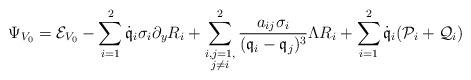
LaTeX: \begin{align*}\Psi_{V_0}=\mathcal{E}_{V_0}-\sum_{i=1}^2\dot{\mathfrak{q}}_i\sigma_i\partial_yR_i+\sum_{\substack{i,j=1,\\j\not=i}}^2\frac{a_{ij}\sigma_i}{(\mathfrak{q}_i-\mathfrak{q}_j)^3}\Lambda R_i+\sum_{i=1}^2\dot{\mathfrak{q}}_i(\mathcal{P}_i+\mathcal{Q}_i)\end{align*}